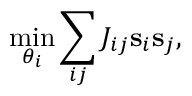
\operatorname* { m i n } _ { \theta _ { i } } \sum _ { i j } J _ { i j } { \bf s } _ { i } { \bf s } _ { j } ,